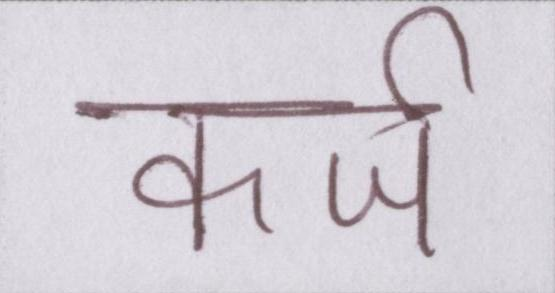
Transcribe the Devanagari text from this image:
कर्ज